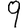
Digit: 9